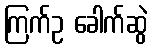
ကြက်ဥ ခေါက်ဆွဲ